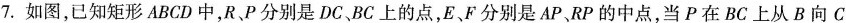
7.如图，已知矩形ABCD中，R、P分别是DC、BC上的点，E、F分别是AP、RP的中点，当P在BC上从B向C